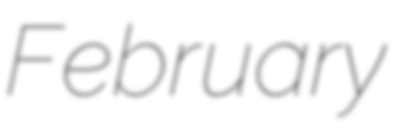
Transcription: February